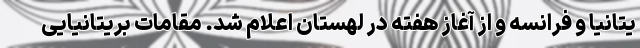
یتانیا و فرانسه و از آغاز هفته در لهستان اعلام شد. مقامات بریتانیایی